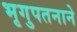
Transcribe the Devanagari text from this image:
भृगुपतनाने